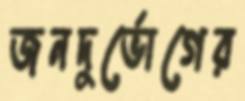
জনদুর্ভোগের